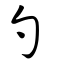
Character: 勺